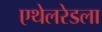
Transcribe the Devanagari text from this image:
एथेलरेडला